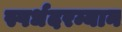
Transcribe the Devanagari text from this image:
स्पर्धदरम्यान